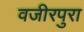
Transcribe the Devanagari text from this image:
वजीरपुरा